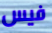
فيس